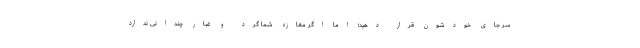
سر جای خودشون قرار دهید؛ اما اگر مغازه شما گرد و غبار چندانی ندارد